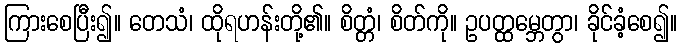
ကြားစေပြီး၍။ တေသံ၊ ထိုရဟန်းတို့၏။ စိတ္တံ၊ စိတ်ကို။ ဥပတ္ထမ္ဘေတွာ၊ ခိုင်ခံ့စေ၍။